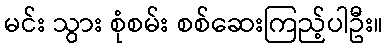
မင်း သွား စုံစမ်း စစ်ဆေးကြည့်ပါဦး။